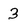
Character: 3